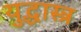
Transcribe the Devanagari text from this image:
युद्धास्त्र